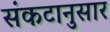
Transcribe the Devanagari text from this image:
संकटानुसार